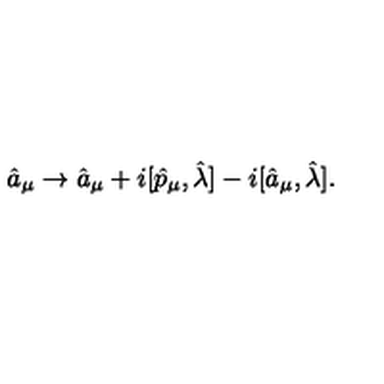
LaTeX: \hat { a } _ { \mu } \rightarrow \hat { a } _ { \mu } + i [ \hat { p } _ { \mu } , \hat { \lambda } ] - i [ \hat { a } _ { \mu } , \hat { \lambda } ] .